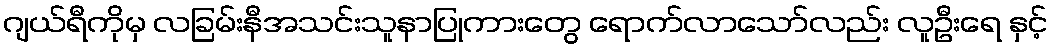
ဂျယ်ရီကိုမှ လခြမ်းနီအသင်းသူနာပြုကားတွေ ရောက်လာသော်လည်း လူဦးရေ နှင့်